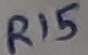
Text: R15